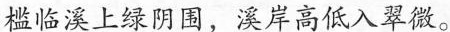
槛临溪上绿阴围，溪岸高低入翠微。